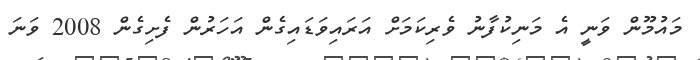
މައުމޫން ވަނީ އެ މަނިކުފާނު ވެރިކަމަށް އަރައިވަޑައިގެން އަހަރުން ފެށިގެން 2008 ވަނަ